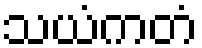
သယံကတံ